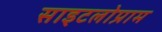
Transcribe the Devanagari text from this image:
साइटलोप्राम